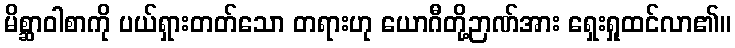
မိစ္ဆာဝါစာကို ပယ်ရှားတတ်သော တရားဟု ယောဂီတို့ဉာဏ်အား ရှေးရှုထင်လာ၏။